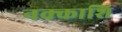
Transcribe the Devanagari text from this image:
नक्काशि